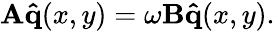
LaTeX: \mathbf{A}\mathbf{\hat{q}}(x,y)=\omega\mathbf{B}\mathbf{\hat{q}}(x,y).